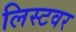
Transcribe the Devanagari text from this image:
लिस्टवर